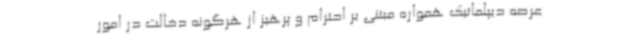
عرصه دیپلماتیک همواره مبتنی بر احترام و پرهیز از هرگونه دخالت در امور